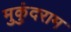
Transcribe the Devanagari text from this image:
मुकुंदराम